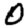
Digit: 0